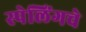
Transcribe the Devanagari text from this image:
स्पेलिंगचे